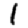
Digit: 1